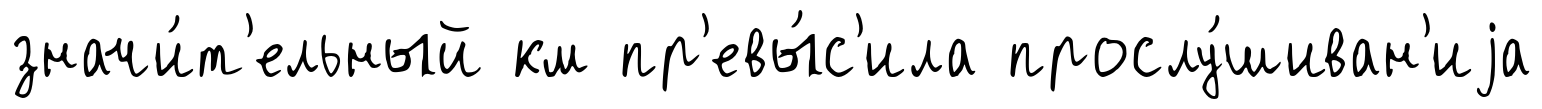
значи́т'ельный км пр'евы́с'ила прослу́шиван'иjа